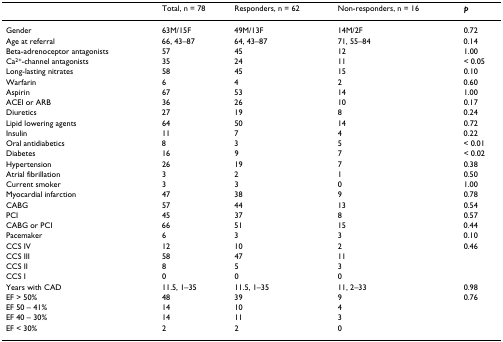
<table><thead><tr><td></td><td><b>Total, n = 78</b></td><td><b>Responders, n = 62</b></td><td><b>Non-responders, n = 16</b></td><td><b><i>p</i></b></td></tr></thead><tbody><tr><td>Gender</td><td>63M/15F</td><td>49M/13F</td><td>14M/2F</td><td>0.72</td></tr><tr><td>Age at referral</td><td>66, 43–87</td><td>64, 43–87</td><td>71, 55–84</td><td>0.14</td></tr><tr><td>Beta-adrenoceptor antagonists</td><td>57</td><td>45</td><td>12</td><td>1.00</td></tr><tr><td>Ca<sup>2+</sup>-channel antagonists</td><td>35</td><td>24</td><td>11</td><td>&lt; 0.05</td></tr><tr><td>Long-lasting nitrates</td><td>58</td><td>45</td><td>15</td><td>0.10</td></tr><tr><td>Warfarin</td><td>6</td><td>4</td><td>2</td><td>0.60</td></tr><tr><td>Aspirin</td><td>67</td><td>53</td><td>14</td><td>1.00</td></tr><tr><td>ACEI or ARB</td><td>36</td><td>26</td><td>10</td><td>0.17</td></tr><tr><td>Diuretics</td><td>27</td><td>19</td><td>8</td><td>0.24</td></tr><tr><td>Lipid lowering agents</td><td>64</td><td>50</td><td>14</td><td>0.72</td></tr><tr><td>Insulin</td><td>11</td><td>7</td><td>4</td><td>0.22</td></tr><tr><td>Oral antidiabetics</td><td>8</td><td>3</td><td>5</td><td>&lt; 0.01</td></tr><tr><td>Diabetes</td><td>16</td><td>9</td><td>7</td><td>&lt; 0.02</td></tr><tr><td>Hypertension</td><td>26</td><td>19</td><td>7</td><td>0.38</td></tr><tr><td>Atrial fibrillation</td><td>3</td><td>2</td><td>1</td><td>0.50</td></tr><tr><td>Current smoker</td><td>3</td><td>3</td><td>0</td><td>1.00</td></tr><tr><td>Myocardial infarction</td><td>47</td><td>38</td><td>9</td><td>0.78</td></tr><tr><td>CABG</td><td>57</td><td>44</td><td>13</td><td>0.54</td></tr><tr><td>PCI</td><td>45</td><td>37</td><td>8</td><td>0.57</td></tr><tr><td>CABG or PCI</td><td>66</td><td>51</td><td>15</td><td>0.44</td></tr><tr><td>Pacemaker</td><td>6</td><td>3</td><td>3</td><td>0.10</td></tr><tr><td>CCS IV</td><td>12</td><td>10</td><td>2</td><td>0.46</td></tr><tr><td>CCS III</td><td>58</td><td>47</td><td>11</td><td></td></tr><tr><td>CCS II</td><td>8</td><td>5</td><td>3</td><td></td></tr><tr><td>CCS I</td><td>0</td><td>0</td><td>0</td><td></td></tr><tr><td>Years with CAD</td><td>11.5, 1–35</td><td>11.5, 1–35</td><td>11, 2–33</td><td>0.98</td></tr><tr><td>EF &gt; 50%</td><td>48</td><td>39</td><td>9</td><td>0.76</td></tr><tr><td>EF 50 – 41%</td><td>14</td><td>10</td><td>4</td><td></td></tr><tr><td>EF 40 – 30%</td><td>14</td><td>11</td><td>3</td><td></td></tr><tr><td>EF &lt; 30%</td><td>2</td><td>2</td><td>0</td><td></td></tr></tbody></table>